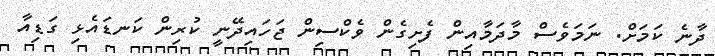
ދާނެ ކަމަށް. ނަމަވެސް މާދަމާއިން ފެށިގެން ވެކްސިން ޖަހައިދޭނީ ކުރިން ކަނޑައެޅި ގަޑިއާ